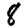
Digit: 8